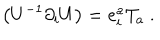
\left( U ^ { - 1 } \partial _ { i } U \right) = e _ { i } ^ { a } T _ { a } \ .